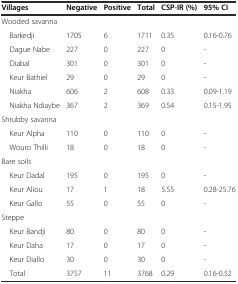
<table><thead><tr><td><b>Villages</b></td><td><b>Negative</b></td><td><b>Positive</b></td><td><b>Total</b></td><td><b>CSP-IR (%)</b></td><td><b>95% CI</b></td></tr></thead><tbody><tr><td>Wooded savanna</td><td></td><td></td><td></td><td></td><td></td></tr><tr><td> Barkedji</td><td>1705</td><td>6</td><td>1711</td><td>0.35</td><td>0.16-0.76</td></tr><tr><td> Dague Nabe</td><td>227</td><td>0</td><td>227</td><td>0</td><td>-</td></tr><tr><td> Diabal</td><td>301</td><td>0</td><td>301</td><td>0</td><td>-</td></tr><tr><td> Keur Bathiel</td><td>29</td><td>0</td><td>29</td><td>0</td><td>-</td></tr><tr><td> Niakha</td><td>606</td><td>2</td><td>608</td><td>0.33</td><td>0.09-1.19</td></tr><tr><td> Niakha Ndiaybe</td><td>367</td><td>2</td><td>369</td><td>0.54</td><td>0.15-1.95</td></tr><tr><td>Shrubby savanna</td><td></td><td></td><td></td><td></td><td></td></tr><tr><td> Keur Alpha</td><td>110</td><td>0</td><td>110</td><td>0</td><td>-</td></tr><tr><td> Wouro Thilli</td><td>18</td><td>0</td><td>18</td><td>0</td><td>-</td></tr><tr><td>Bare soils</td><td></td><td></td><td></td><td></td><td></td></tr><tr><td> Keur Dadal</td><td>195</td><td>0</td><td>195</td><td>0</td><td>-</td></tr><tr><td> Keur Aliou</td><td>17</td><td>1</td><td>18</td><td>5.55</td><td>0.28-25.76</td></tr><tr><td> Keur Gallo</td><td>55</td><td>0</td><td>55</td><td>0</td><td>-</td></tr><tr><td>Steppe</td><td></td><td></td><td></td><td></td><td></td></tr><tr><td> Keur Bandji</td><td>80</td><td>0</td><td>80</td><td>0</td><td>-</td></tr><tr><td> Keur Daha</td><td>17</td><td>0</td><td>17</td><td>0</td><td>-</td></tr><tr><td> Keur Diallo</td><td>30</td><td>0</td><td>30</td><td>0</td><td>-</td></tr><tr><td> Total</td><td>3757</td><td>11</td><td>3768</td><td>0.29</td><td>0.16-0.52</td></tr></tbody></table>